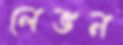
লেভন